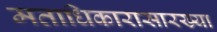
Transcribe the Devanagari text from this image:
मताधिकारासारख्या